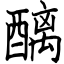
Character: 醨